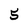
Character: 5